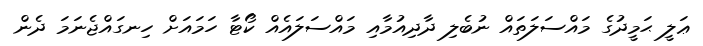
ޢަލީ ޙަމީދުގެ މައްސަލަތައް ނުބެލި ދާދިއުމާއި މައްސަލައެއް ކޯޓާ ހަމައަށް ހިނގައްޖެނަމަ ދެން